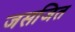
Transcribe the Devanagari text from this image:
जसजित